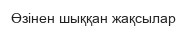
Өзінен шыққан жақсылар